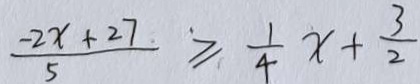
\frac { - 2 x + 2 7 } { 5 } \geqslant \frac { 1 } { 4 } x + \frac { 3 } { 2 }